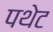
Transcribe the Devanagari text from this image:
पथेट